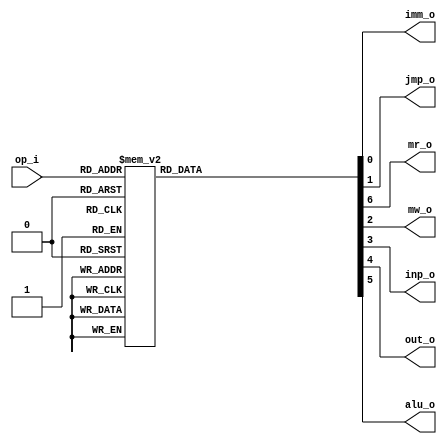
/* Control Unit */

module ctrlunit(
  input [3:0] op_i,
  output reg imm_o,
  output reg jmp_o,
  output reg mr_o,
  output reg mw_o,
  output reg inp_o,
  output reg out_o,
  output reg alu_o
);

  always @(*) begin

    imm_o = 1'b0;
    jmp_o = 1'b0;
    mr_o  = 1'b0;
    mw_o  = 1'b0;
    inp_o = 1'b0;
    out_o = 1'b0;
    alu_o = 1'b0;

    case (op_i)
      4'b0000:  mr_o  = 1'b1;                 // LDA
      4'b0001:  imm_o = 1'b1;                 // LDI
      4'b0010:  mw_o  = 1'b1;                 // STA
      4'b0011:  inp_o = 1'b1;                 // INP
      4'b0100:  out_o = 1'b1;                 // OUT
      4'b0101:  jmp_o = 1'b1;                 // BRC
      4'b0110:  jmp_o = 1'b1;                 // BRZ
      4'b0111:  jmp_o = 1'b1;                 // JMP
      4'b1000:  {alu_o, mw_o} = 2'b11;        // ADI
      4'b1001:  {alu_o, mr_o, mw_o} = 3'b11;  // ADD
      4'b1010:  {alu_o, mr_o, mw_o} = 3'b11;  // SUB
      4'b1011:  {alu_o, mr_o, mw_o} = 3'b11;  // AND
      4'b1100:  {alu_o, mr_o, mw_o} = 3'b11;  // ORR
      4'b1101:  {alu_o, mr_o, mw_o} = 3'b11;  // XOR
      4'b1110:  {alu_o, mr_o, mw_o} = 3'b11;  // LSL
      4'b1111:  {alu_o, mr_o, mw_o} = 3'b11;  // LSR
    endcase
  end

endmodule